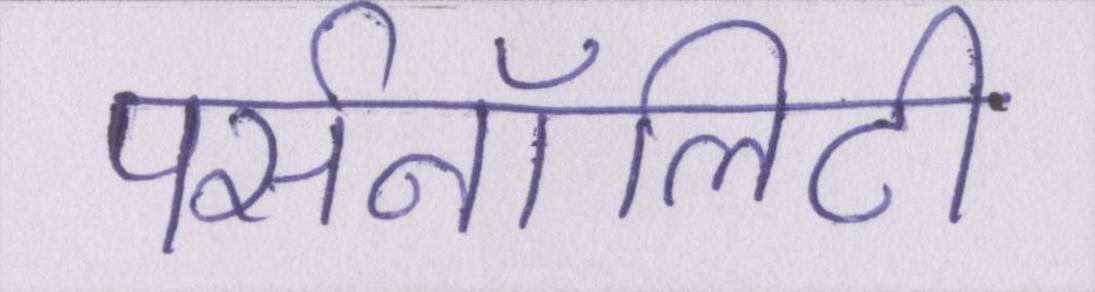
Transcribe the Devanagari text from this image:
पर्सनॉलिटी